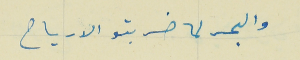
والبحر لما ضربتو الارياح